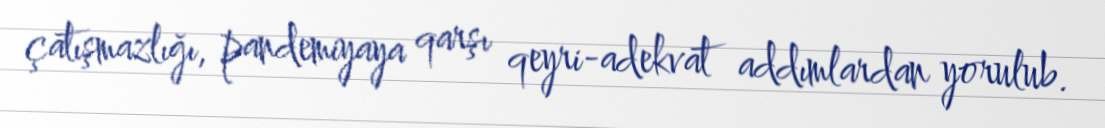
çatışmazlığı, pandemiyaya qarşı qeyri-adekvat addımlardan yorulub.